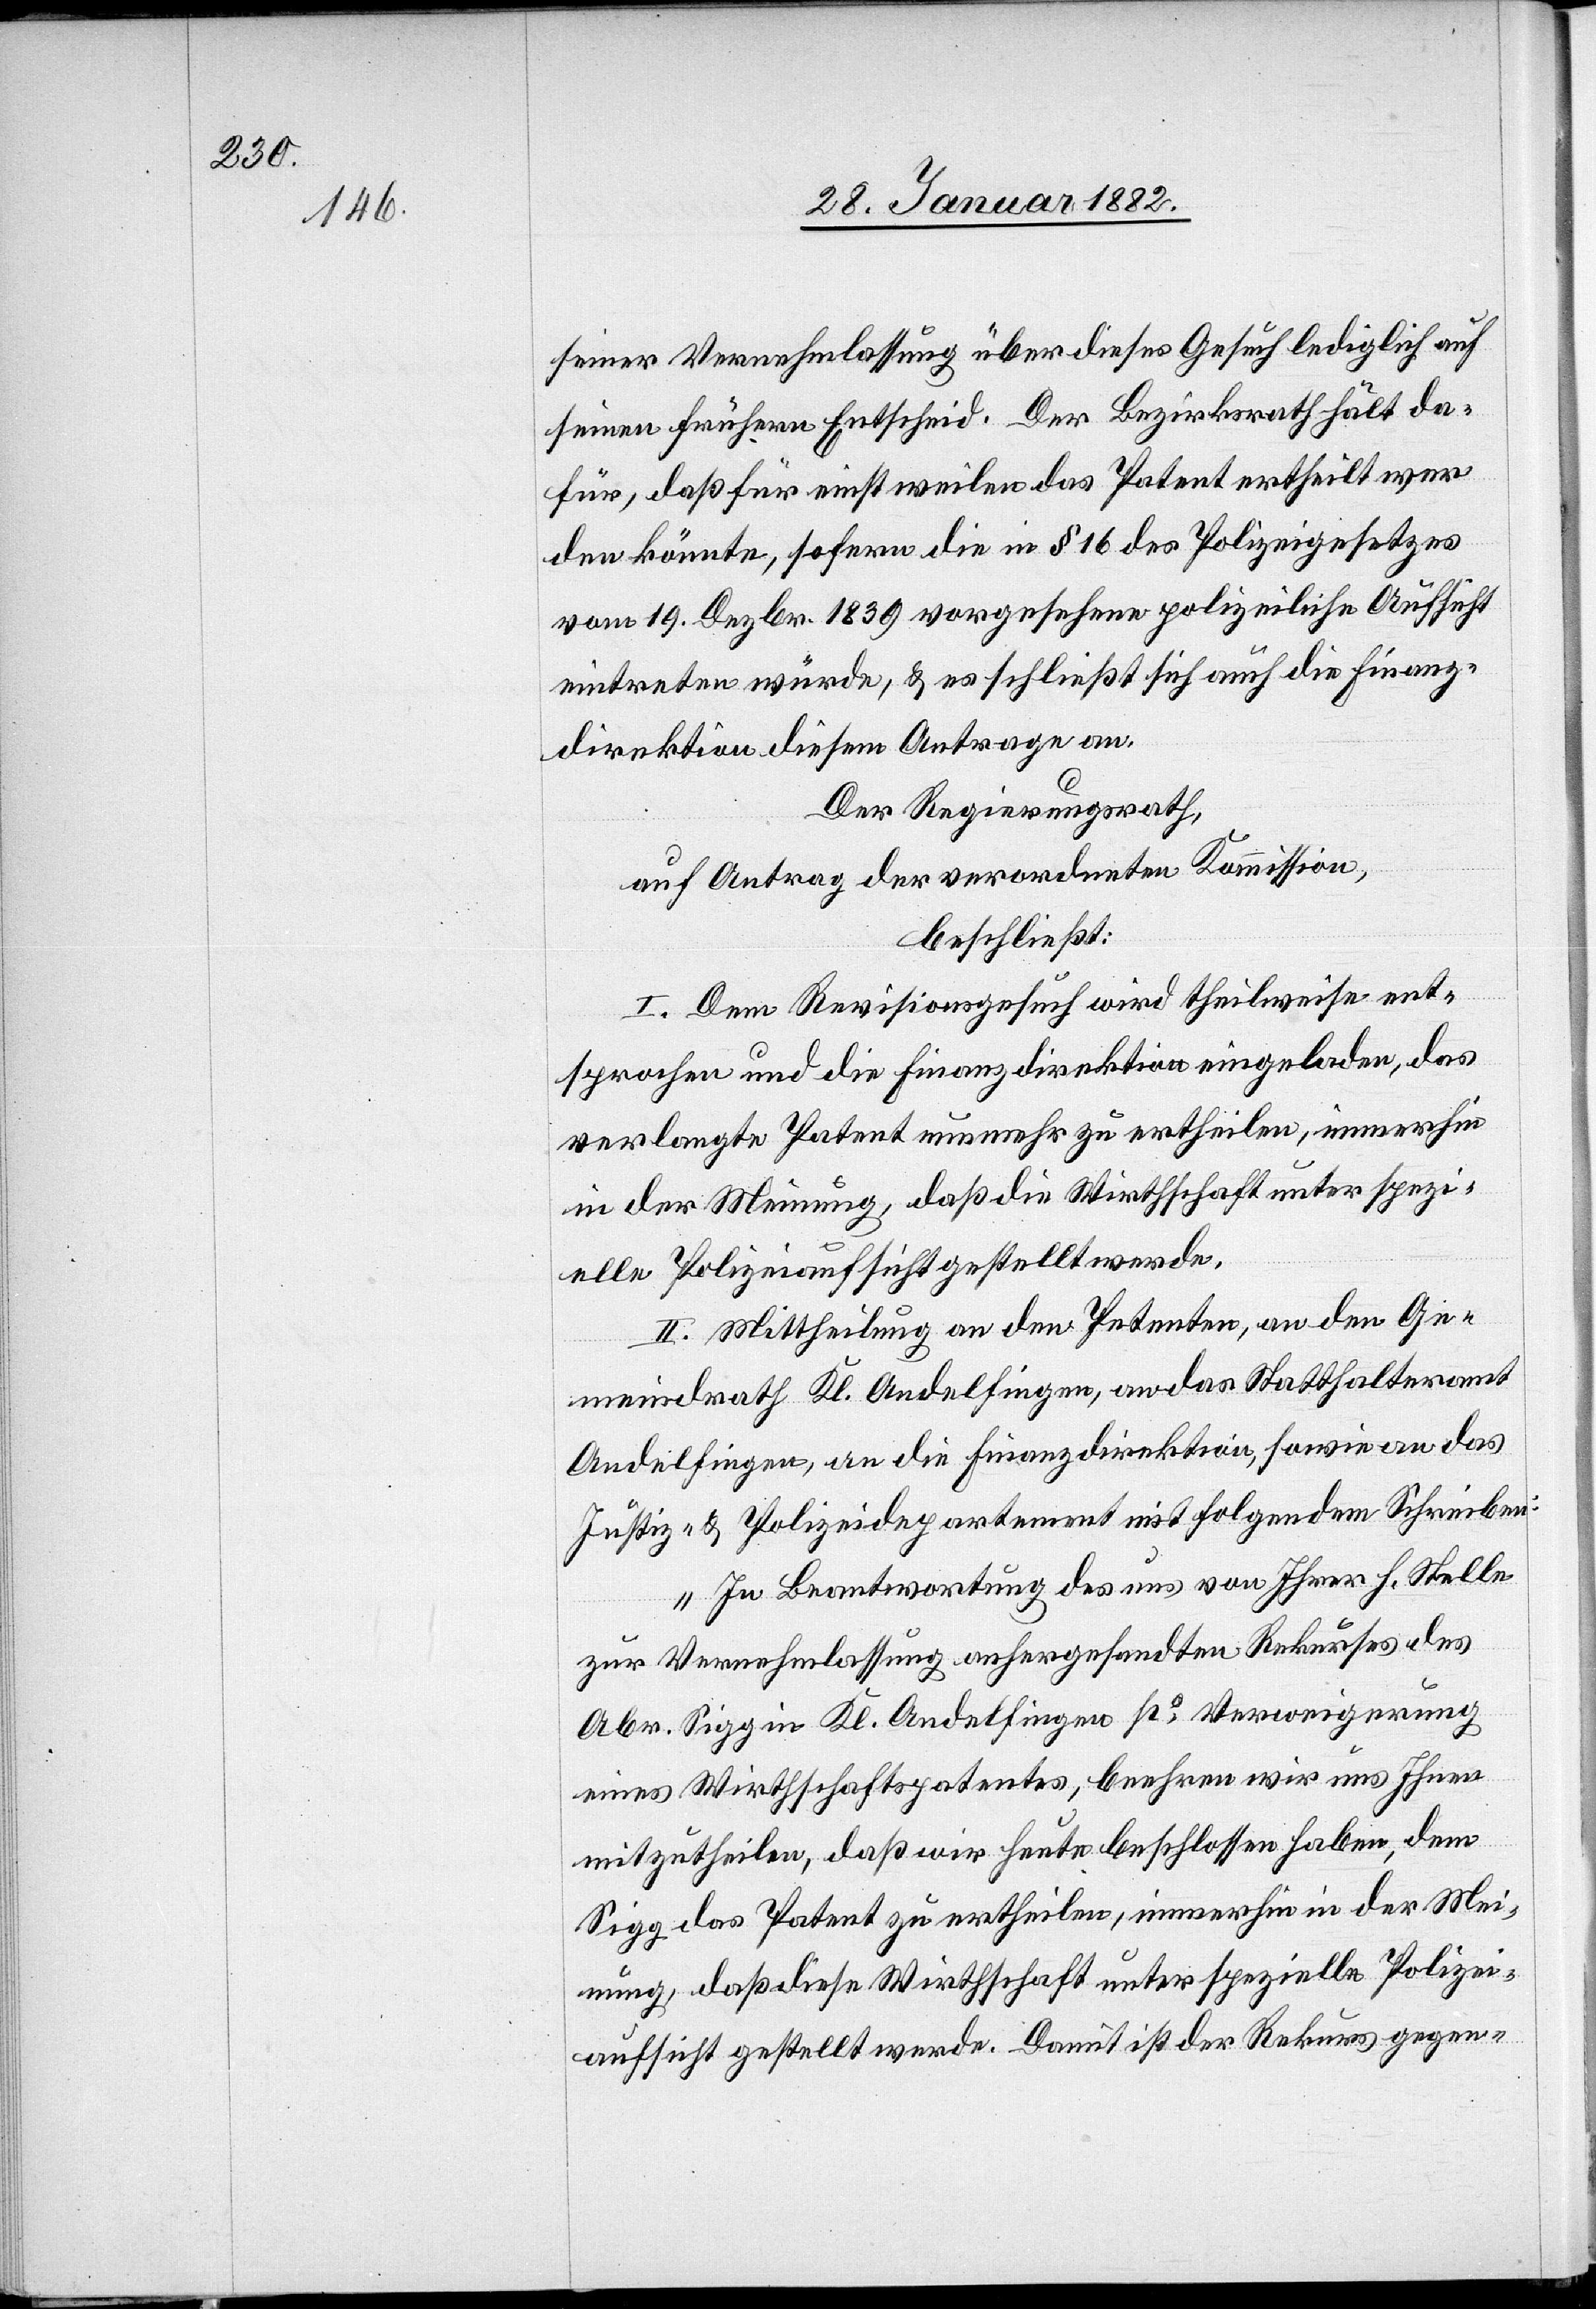
seiner Vernehmlassung über dieses Gesuch lediglich auf
seinen frühern Entscheid. Der Bezirksrath hält da¬
für, daß für einstweilen das Patent ertheilt wer¬
den könnte, sofern die in § 16 des Polizeigesetzes
vom 19. Dezbr. 1839 vorgesehene polizeiliche Aufsicht
eintreten würde, & es schließt sich auch die Finanz¬
direktion diesem Antrage an.
Der Regierungsrath,
auf Antrag der verordneten Kommission,
beschließt:
I. Dem Revisionsgesuch wird theilweise ent¬
sprochen und die Finanzdirektion eingeladen, das
verlangte Patent nunmehr zu ertheilen, immerhin
in der Meinung, daß die Wirthschaft unter spezi¬
elle Polizeiaufsicht gestellt werde.
II. Mittheilung an den Petenten, an den Ge¬
meindrath Kl. Andelfingen, an das Statthalteramt
Andelfingen, an die Finanzdirektion, sowie an das
Justiz- & Polizeidepartement mit folgendem Schreiben:
„In Beantwortung des uns von Ihrer h. Stelle
zur Vernehmlassung anhergesandten Rekurses des
Abr. Sigg in Kl. Andelfingen po Verweigerung
eines Wirthschaftspatentes, beehren wir uns Ihnen
mitzutheilen, daß wir heute beschlossen haben, dem
Sigg das Patent zu ertheilen, immerhin in der Mei¬
nung, daß diese Wirthschaft unter spezielle Polizei¬
aufsicht gestellt werde. Damit ist der Rekurs gegen-